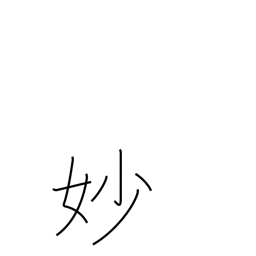
Meaning: exquisite